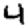
Digit: 4